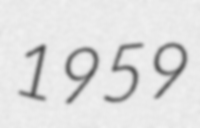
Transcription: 1959